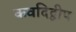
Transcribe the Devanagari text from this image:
कवदिद्वीप